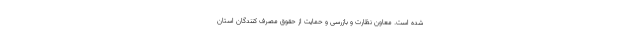
شده است. معاون نظارت و بازرسی و حمایت از حقوق مصرف کنندگان استان